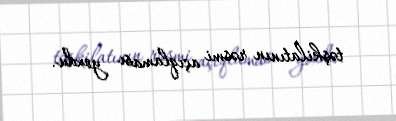
təşkilatının rəsmi açıqlaması yoxdu.